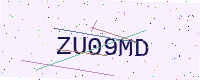
Text: ZU09MD